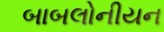
બાબલોનીયન